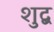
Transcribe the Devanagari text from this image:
शुद्ब